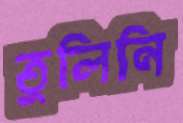
তুলিনি